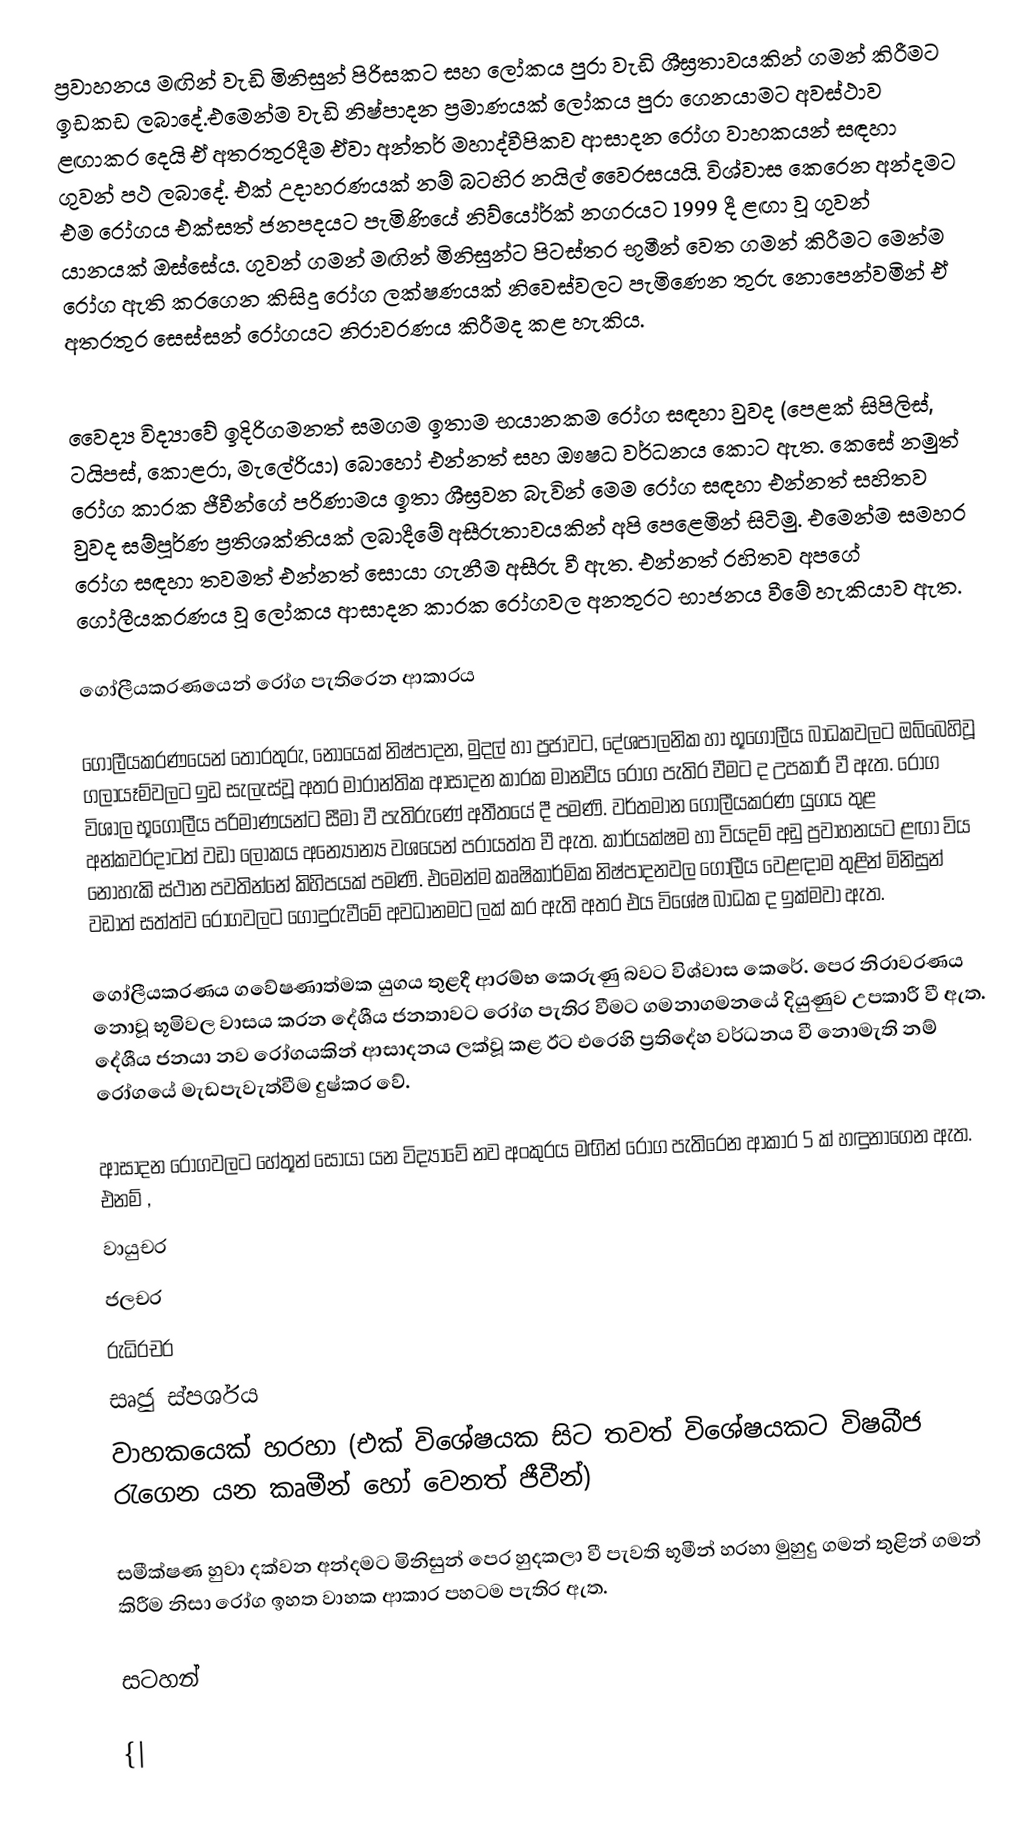
ප්‍රවාහනය මඟින් වැඩි මිනිසුන් පිරිසකට සහ ලෝකය පුරා වැඩි ශීඝ්‍රතාවයකින් ගමන් කිරීමට ඉඩකඩ ලබාදේ.එමෙන්ම වැඩි නිෂ්පාදන ප්‍රමාණයක් ලෝකය පුරා ගෙනයාමට  අවස්ථාව ළඟාකර දෙයි ඒ අතරතුරදීම ඒවා අන්තර් මහාද්වීපිකව ආසාදන රෝග වාහකයන් සඳහා ගුවන් පථ ලබාදේ. එක් උදාහරණයක් නම් බටහිර නයිල් වෛරසයයි. විශ්වාස කෙරෙන අන්දමට එම රෝගය එක්සත් ජනපදයට පැමිණියේ නිව්යෝර්ක් නගරයට 1999 දී ළඟා වූ ගුවන් යානයක් ඔස්සේය. ගුවන් ගමන් මඟින් මිනිසුන්ට පිටස්තර භූමීන් වෙත ගමන් කිරීමට මෙන්ම රෝග ඇති කරගෙන කිසිදු රෝග ලක්ෂණයක් නිවෙස්වලට පැමිණෙන තුරු නොපෙන්වමින් ඒ අතරතුර සෙස්සන් රෝගයට නිරාවරණය කිරීමද කළ හැකිය.

වෛද්‍ය විද්‍යාවේ ඉදිරිගමනත් සමගම ඉතාම භයානකම රෝග සඳහා වුවද (පෙළක් සිපිලිස්, ටයිපස්, කොළරා, මැලේරියා) බොහෝ එන්නත් සහ ඖෂධ වර්ධනය කොට ඇත. කෙසේ නමුත් රෝග කාරක ජීවීන්ගේ පරිණාමය ඉතා ශීඝ්‍රවන බැවින් මෙම රෝග සඳහා එන්නත් සහිතව වුවද සම්පූර්ණ ප්‍රතිශක්තියක් ලබාදීමේ අසීරුතාවයකින් අපි පෙළෙමින් සිටිමු. එමෙන්ම සමහර රෝග සඳහා තවමත් එන්නත් සොයා ගැනීම අසීරු වී ඇත. එන්නත් රහිතව අපගේ ගෝලීයකරණය වූ ලෝකය ආසාදන කාරක රෝගවල අනතුරට භාජනය වීමේ හැකියාව ඇත.

ගෝලීයකරණයෙන් රෝග පැතිරෙන ආකාරය

ගෝලීයකරණයෙන් තොරතුරු, නොයෙක් නිෂ්පාදන, මුදල් හා ප්‍රජාවට, දේශපාලනික හා භූගෝලීය බාධකවලට ඔබ්බෙහිවූ ගලායෑම්වලට ඉඩ සැලැස්වූ අතර මාරාන්තික ආසාදන කාරක මානවීය රෝග පැතිර වීමට ද උපකාරී වී ඇත. රෝග විශාල භූගෝලීය පරිමාණයන්ට සීමා වී පැතිරුණේ අතීතයේ දී පමණි. වර්තමාන ගෝලීයකරණ යුගය තුළ අන්කවරදාටත් වඩා ලෝකය අන්‍යෝන්‍ය වශයෙන් පරායත්ත වී ඇත. කාර්යක්ෂම හා වියදම් අඩු ප්‍රවාහනයට ළඟා විය නොහැකි ස්ථාන පවතින්නේ කිහිපයක් පමණි. එමෙන්ම කෘෂිකාර්මික නිෂ්පාදනවල ගෝලීය වෙළඳාම තුළින් මිනිසුන් වඩාත් සත්ත්ව රෝගවලට ගොදුරුවීමේ අවධානමට ලක් කර ඇති අතර එය විශේෂ බාධක ද ඉක්මවා ඇත.

ගෝලීයකරණය ගවේෂණාත්මක යුගය තුළදී ආරම්භ කෙරුණු බවට විශ්වාස කෙරේ. පෙර නිරාවරණය නොවූ භූමිවල වාසය කරන දේශීය ජනතාවට රෝග පැතිර වීමට ගමනාගමනයේ දියුණුව උපකාරී වී ඇත. දේශීය ජනයා නව රෝගයකින් ආසාදනය ලක්වූ කළ ඊට එරෙහි ප්‍රතිදේහ වර්ධනය වී නොමැති නම් රෝගයේ මැඩපැවැත්වීම දුෂ්කර වේ.

ආසාදන රෝගවලට හේතූන් සොයා යන විද්‍යාවේ නව අංකුරය මඟින් රෝග පැතිරෙන ආකාර 5 ක් හඳුනාගෙන ඇත. එනම් ,
වායුචර
 ජලචර
රුධිරචර
සෘජු ස්පර්ශය
වාහකයෙක් හරහා (එක් විශේෂයක සිට තවත් විශේෂයකට විෂබීජ රැගෙන යන කෘමීන් හෝ වෙනත් ජීවීන්)

සමීක්ෂණ හුවා දක්වන අන්දමට මිනිසුන් පෙර හුදකලා වී පැවති භූමීන් හරහා මුහුදු ගමන් තුළින් ගමන් කිරීම නිසා රෝග ඉහත වාහක ආකාර පහටම පැතිර ඇත.

සටහන්

{|